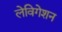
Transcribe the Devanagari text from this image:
लेविगेशन